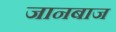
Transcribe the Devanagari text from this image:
जानबाज